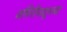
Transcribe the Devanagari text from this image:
जमिनीपासूनच्या